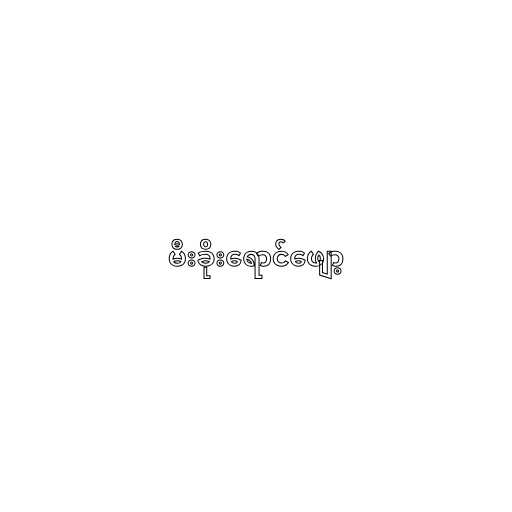
မီးခိုးရောင်ဖျော့